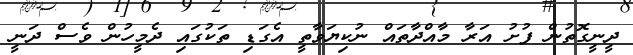
ދީނީގޮތުން ފުށު އަރާ މާއްދާތައް ނުކިޔަވާތީ އެގަޑި ތަކުގައި ދެމީހުން ވެސް ދަނީ